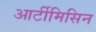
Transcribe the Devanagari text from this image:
आर्टीमिसिन